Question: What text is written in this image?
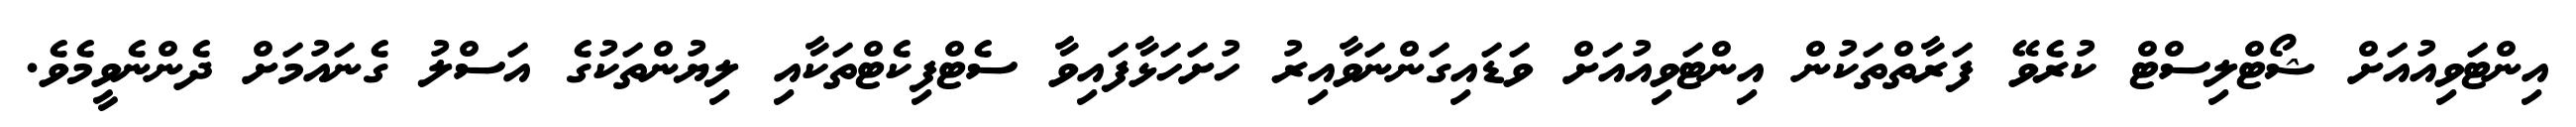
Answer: އިންޓަވިއުއަށް ޝޯޓްލިސްޓް ކުރެވޭ ފަރާތްތަކުން އިންޓަވިއުއަށް ވަޑައިގަންނަވާއިރު ހުށަހަޅާފައިވާ ސެޓްފިކެޓްތަކާއި ލިޔުންތަކުގެ އަސްލު ގެނައުމަށް ދެންނެވީމެވެ.